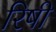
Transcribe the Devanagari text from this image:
रिषी